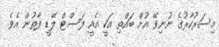
މިސަރުކާރުގެ ނުނިވޭ އުށް ބައްތި އަކީ އެއީ ފަސްޓް ލޭޑީ ފާތުން އެވެ.